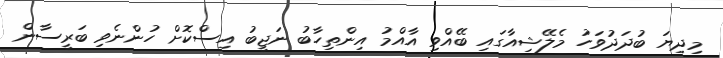
މިދިޔަ ބުދަދުވަހު މެލޭޝިއާގައި ބޭއްވި އާއްމު އިންތިހާބު ނަޖީބު އިސްކޮށް ހުންނެވި ބަރީސާން